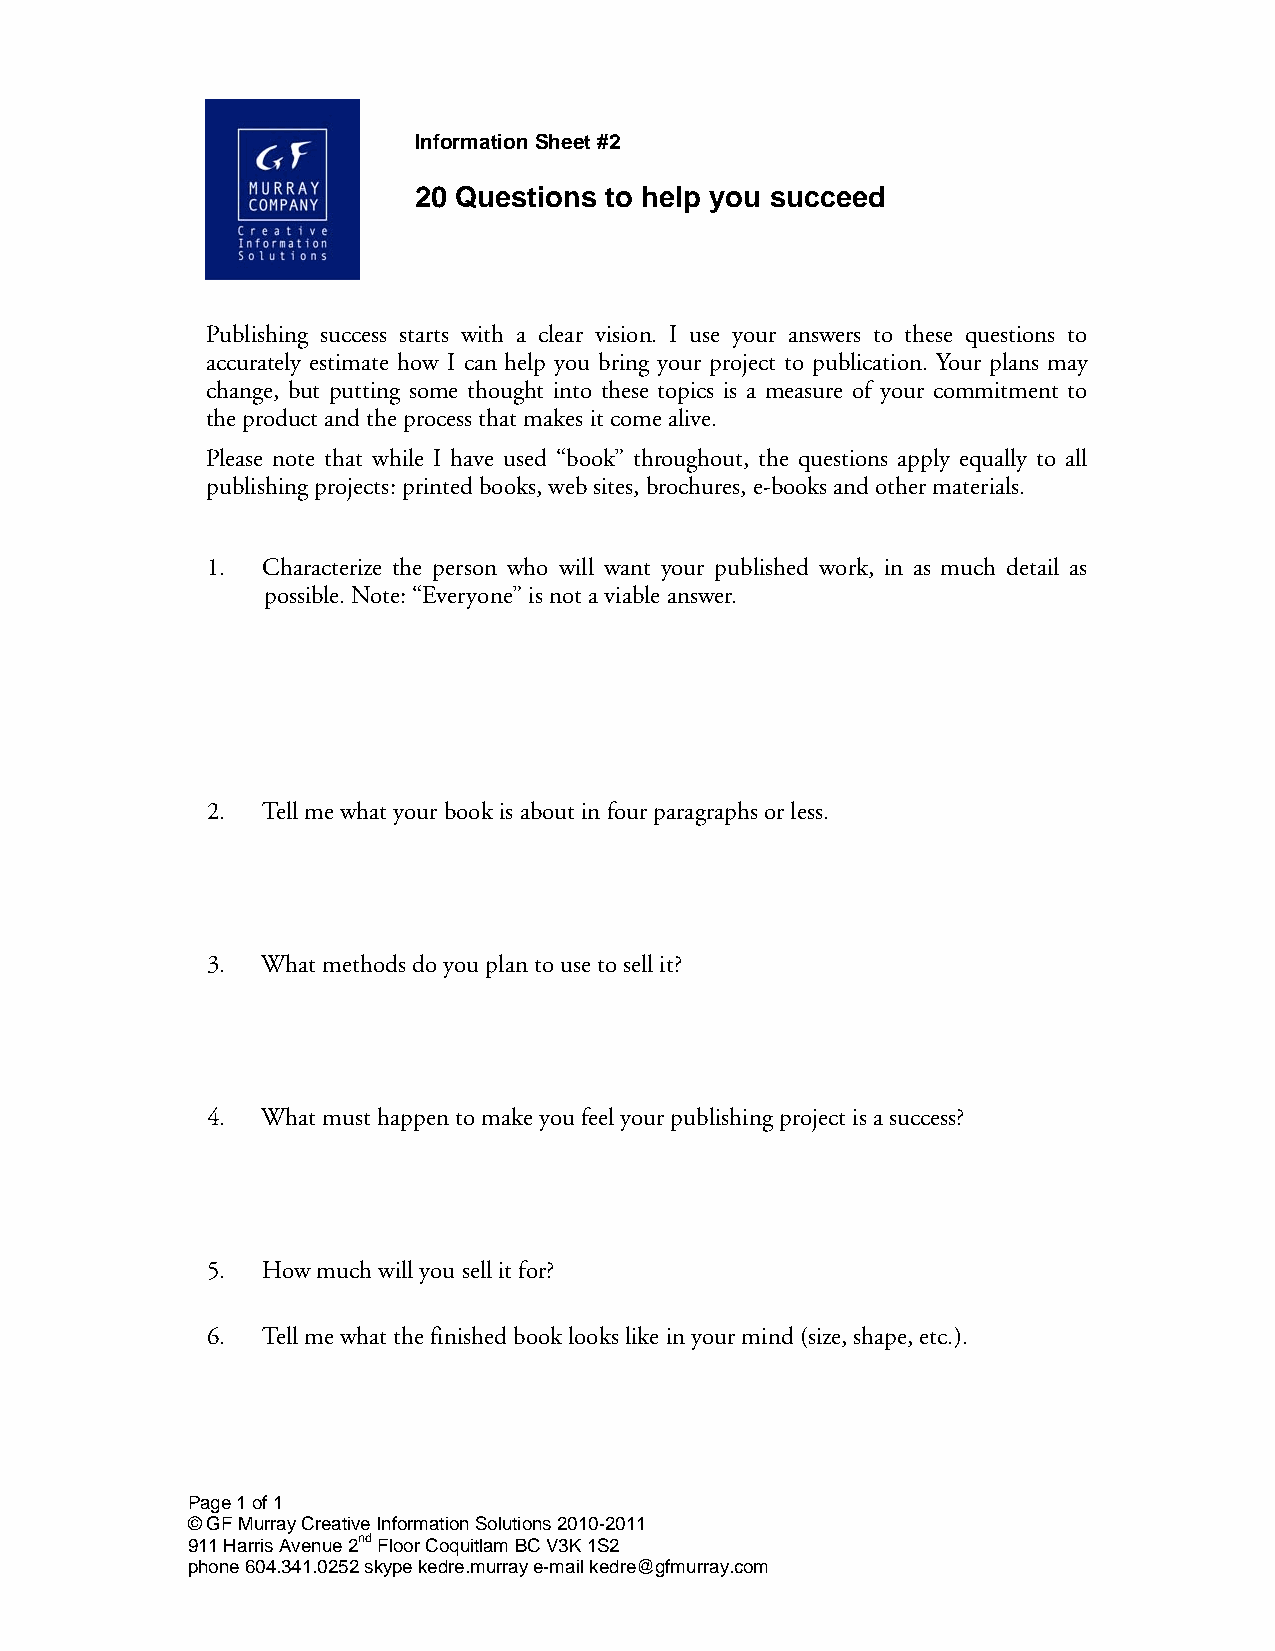
Information Sheet #2
 20 Questions to help you succeed
 Publishing success starts with a clear vision. I use your answers to these questions to
 accurately estimate how I can help you bring your project to publication. Your plans may
 change, but putting some thought into these topics is a measure of your commitment to
 the product and the process that makes it come alive.
 Please note that while I have used “book” throughout, the questions apply equally to all
 publishing projects: printed books, web sites, brochures, e-books and other materials.
 1. Characterize the person who will want your published work, in as much detail as
 possible. Note: “Everyone” is not a viable answer.
 2. Tell me what your book is about in four paragraphs or less.
 3. What methods do you plan to use to sell it?
 4. What must happen to make you feel your publishing project is a success?
 5. How much will you sell it for?
 6. Tell me what the finished book looks like in your mind (size, shape, etc.).
 Page 1 of 1
 © GF Murray Creative Information Solutions 2010-2011
 911 Harris Avenue 2nd Floor Coquitlam BC V3K 1S2
 phone 604.341.0252 skype kedre.murray e-mail kedre@gfmurray.com